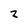
Character: 2